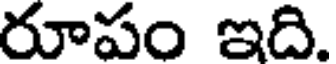
రూపం ఇది.